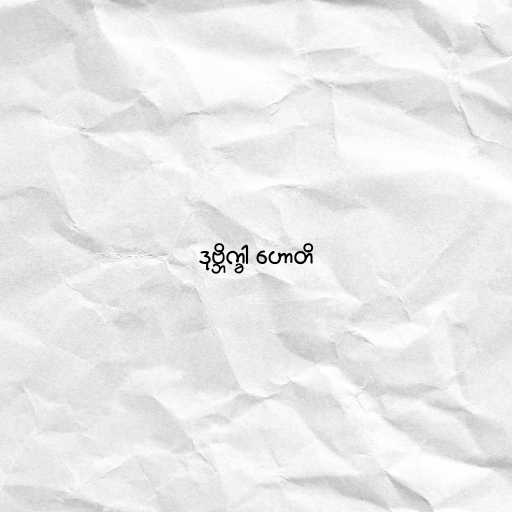
ဒုဗ္ဘိက္ခါ ဟောတိ